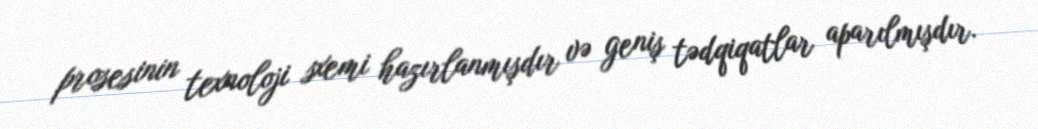
prosesinin texnoloji sxemi hazırlanmışdır və geniş tədqiqatlar aparılmışdır.